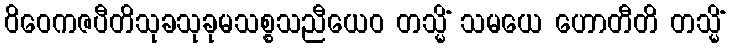
ဝိဝေကဇပီတိသုခသုခုမသစ္စသညီယေဝ တသ္မိံ သမယေ ဟောတီတိ တသ္မိံ